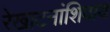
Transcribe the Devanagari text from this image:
रेखाटनांशिवाय